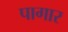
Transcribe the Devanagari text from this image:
पागार